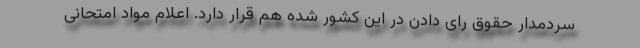
سردمدار حقوق رای دادن در این کشور شده هم قرار دارد. اعلام مواد امتحانی